Voisiku_vallavalitsus, lk 793
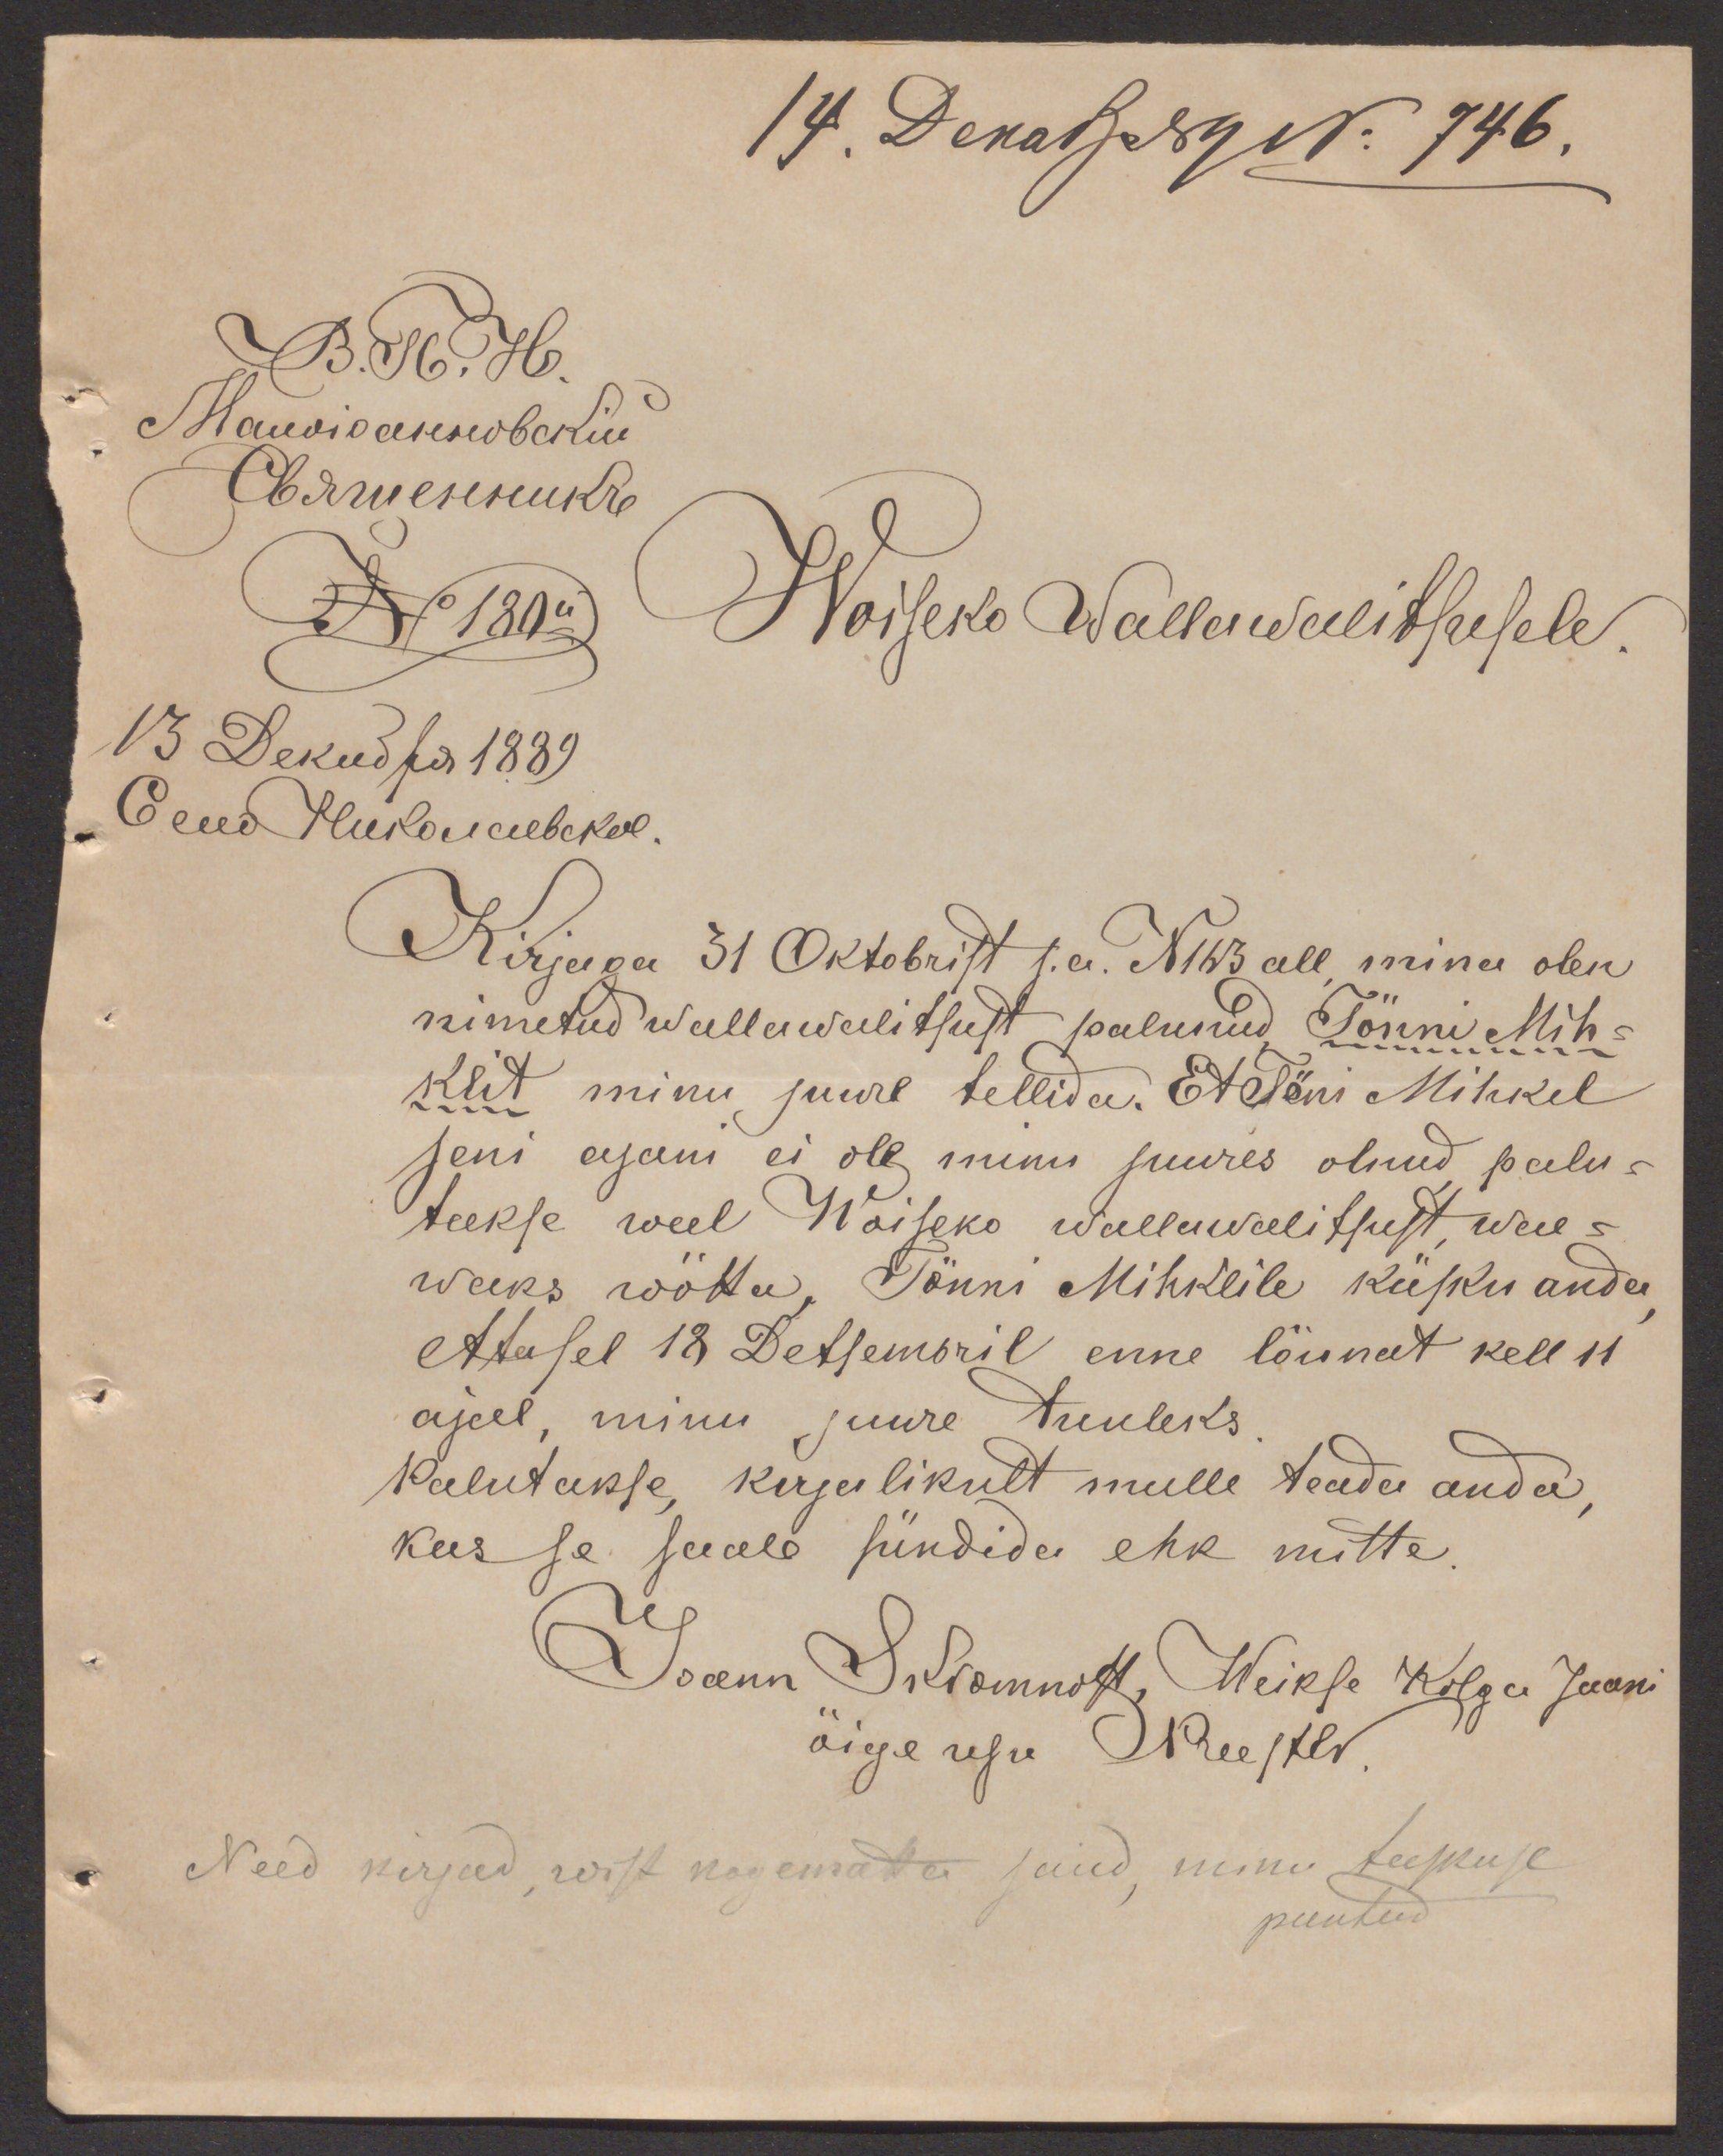
14. Dekab - 89 No 746.
Woiseko Wallawalitsusele
Kirjaga 31 Oktobrist s.a. N 163 all, mina olen
nimetud wallawalitsust palunud Tönni Mih-
klit minu juure tellida. Et Töni Mihkel
seni ajani ei ole minu juures olnud palu-
takse weel Woiseko wallawalitsust, wae-
waks wõtta, Tönni Mihklile käsku anda,
et ta sel 18 Detsembril enne lõunat kell 11
ajal, minu juure tuuleks
Palutakse, kirjulikult mulle teada anda,
kas se saab sündida ehk mitte.
Joann Skromnoff, Weikse Kolgu Jaani
õige usu Preester
Need kirjad, wist kogemata said, minu taskuse
pantud